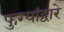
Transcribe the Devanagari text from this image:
फुग्यांद्वारे